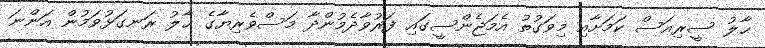
ޙާލު ސީރިއަސް ކަމަށާއި މިވަގުތު އެމަޖެންސީގައި ފަރުވާދެމުންދާ މަސްވެރިޔާގެ ޙާލު ރަނގަޅުވަމުން އަންނަ